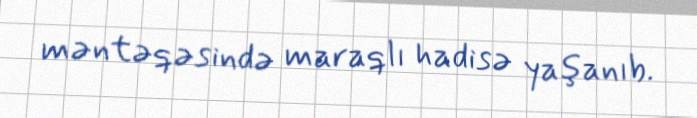
məntəqəsində maraqlı hadisə yaşanıb.